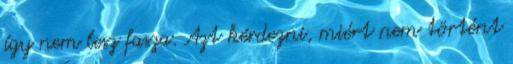
így nem lesz fasza. Azt kérdezni, miért nem történt